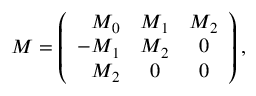
{ \cal M } = \left( \begin{array} { r c c } { { M _ { 0 } } } & { { M _ { 1 } } } & { { M _ { 2 } } } \\ { { - M _ { 1 } } } & { { M _ { 2 } } } & { { 0 } } \\ { { M _ { 2 } } } & { { 0 } } & { { 0 } } \end{array} \right) ,